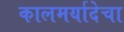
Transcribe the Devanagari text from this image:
कालमर्यादेचा